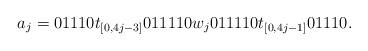
LaTeX: \begin{align*}a_{j}=01110 t_{[0,4j-3]}011110 w_{j} 011110 t_{[0,4j-1]} 01110.\end{align*}